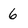
Character: 6